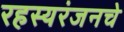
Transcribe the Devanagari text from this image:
रहस्यरंजनचे